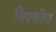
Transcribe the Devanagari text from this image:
मिश्कील